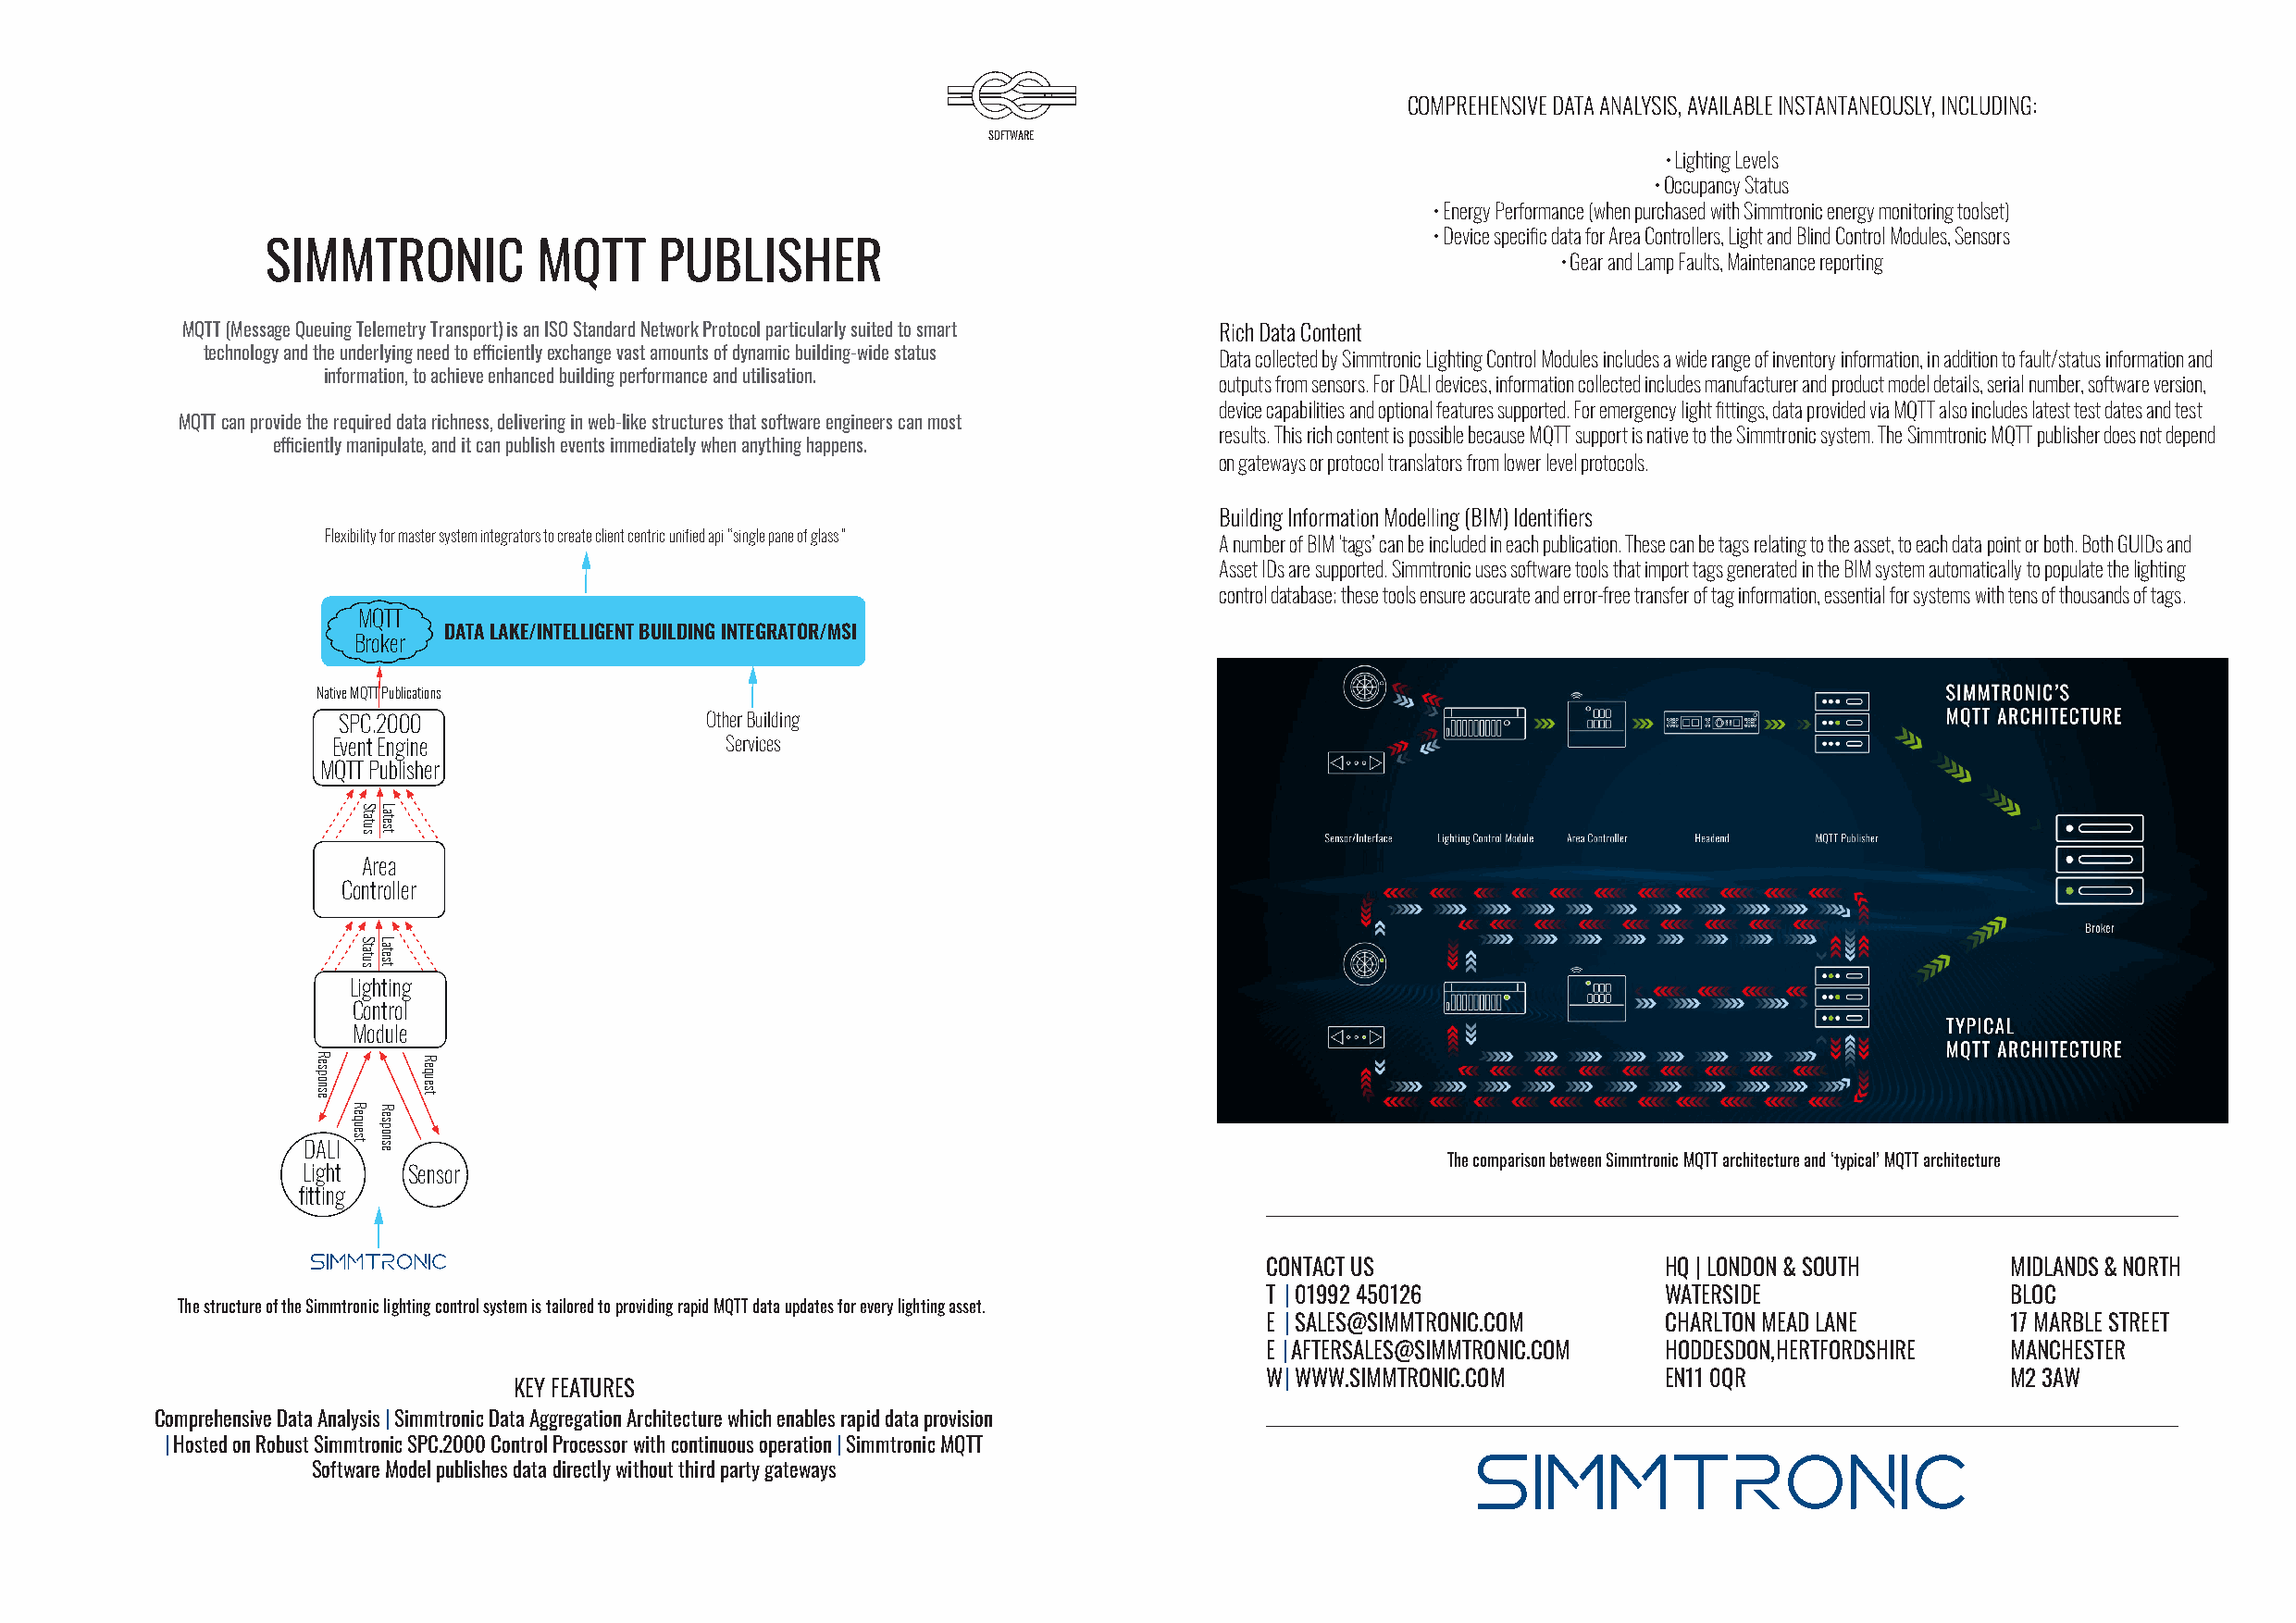
COMPREHENSIVE DATA ANALYSIS, AVAILABLE INSTANTANEOUSLY, INCLUDING:
 SOFTWARE
 • Lighting Levels
 • Occupancy Status
 • Energy Performance (when purchased with Simmtronic energy monitoring toolset)
 • Device specific data for Area Controllers, Light and Blind Control Modules, Sensors
 SIMMTRONIC         MQTT     PUBLISHER
 • Gear and Lamp Faults, Maintenance reporting
 MQTT (Message Queuing Telemetry Transport) is an ISO Standard Network Protocol particularly suited to smart Rich Data Content
 technology and the underlying need to efficiently exchange vast amounts of dynamic building-wide status Data collected by Simmtronic Lighting Control Modules includes a wide range of inventory information, in addition to fault/status information and
 information, to achieve enhanced building performance and utilisation.
 outputs from sensors. For DALI devices, information collected includes manufacturer and product model details, serial number, software version,
 device capabilities and optional features supported. For emergency light fittings, data provided via MQTT also includes latest test dates and test
 MQTT can provide the required data richness, delivering in web-like structures that software engineers can most
 results. This rich content is possible because MQTT support is native to the Simmtronic system. The Simmtronic MQTT publisher does not depend
 efficiently manipulate, and it can publish events immediately when anything happens.
 on gateways or protocol translators from lower level protocols.
 Building Information Modelling (BIM) Identifiers
 Flexibility for master system integrators to create client centric unified api “single pane of glass” A number of BIM ‘tags’ can be included in each publication. These can be tags relating to the asset, to each data point or both. Both GUIDs and
 Asset IDs are supported. Simmtronic uses software tools that import tags generated in the BIM system automatically to populate the lighting
 control database; these tools ensure accurate and error-free transfer of tag information, essential for systems with tens of thousands of tags.
 MQTT
 DATA LAKE/INTELLIGENT BUILDING INTEGRATOR/MSI
 Broker
 Native MQTT Publications
 SPC.2000                   Other Building
 Event Engine                Services
 MQTT Publisher
 Area
 Controller
 Lighting
 Control
 Module
 DALI
 The comparison between Simmtronic MQTT architecture and ‘typical’ MQTT architecture
 Light  Sensor
 fitting
 CONTACT US                  HQ | LONDON & SOUTH      MIDLANDS & NORTH
 T | 01992 450126            WATERSIDE                BLOC
 The structure of the Simmtronic lighting control system is tailored to providing rapid MQTT data updates for every lighting asset.
 E | SALES@SIMMTRONIC.COM    CHARLTON MEAD LANE       17 MARBLE STREET
 E | AFTERSALES@SIMMTRONIC.COM HODDESDON, HERTFORDSHIRE MANCHESTER
 W | WWW.SIMMTRONIC.COM      EN11 0QR                 M2 3AW
 KEY FEATURES
 Comprehensive Data Analysis | Simmtronic Data Aggregation Architecture which enables rapid data provision
 | Hosted on Robust Simmtronic SPC.2000 Control Processor with continuous operation | Simmtronic MQTT
 Software Model publishes data directly without third party gateways
 Response
 Request
 Status
 Status
 Latest
 Latest
 Response
 Request